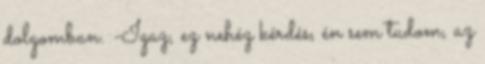
dolgomban. -Igaz, ez nehéz kérdés, én sem tudom, az